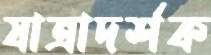
যাত্রাদর্শক